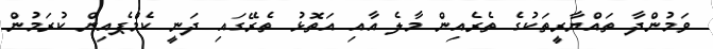
ވަމުންދާ ތައްޔާރީތަކުގެ ތެރެއިން މާލެ އާއި އަތޮޅު ތެރޭގައި ދަނީ ކެމްޕެއިން ކުރަމުން